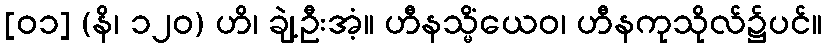
[၀၁] (နိ၊ ၁၂၀) ဟိ၊ ချဲ့ဦးအံ့။ ဟီနသ္မိံယေဝ၊ ဟီနကုသိုလ်၌ပင်။